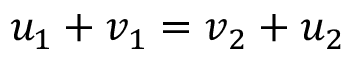
u _ { 1 } + v _ { 1 } = v _ { 2 } + u _ { 2 }